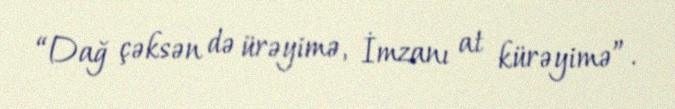
“Dağ çəksən də ürəyimə, İmzanı at kürəyimə”.